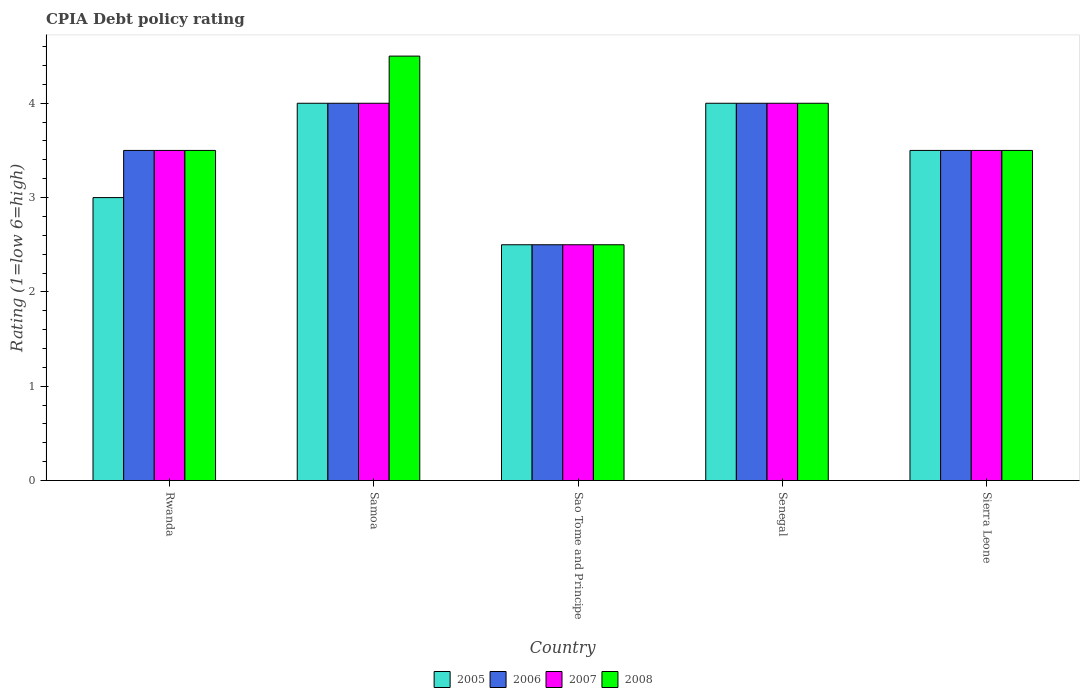
| Country | 2005 | 2006 | 2007 | 2008 |
 | --- | --- | --- | --- | --- |
 | Rwanda | 3 | 3.5 | 3.5 | 3.5 |
 | Samoa | 4 | 4 | 4 | 4.5 |
 | Sao Tome and Principe | 2.5 | 2.5 | 2.5 | 2.5 |
 | Senegal | 4 | 4 | 4 | 4 |
 | Sierra Leone | 3.5 | 3.5 | 3.5 | 3.5 |